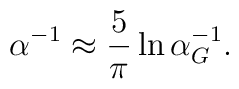
\alpha^{-1} \approx {5\over\pi}\ln{\alpha_G^{-1}}.